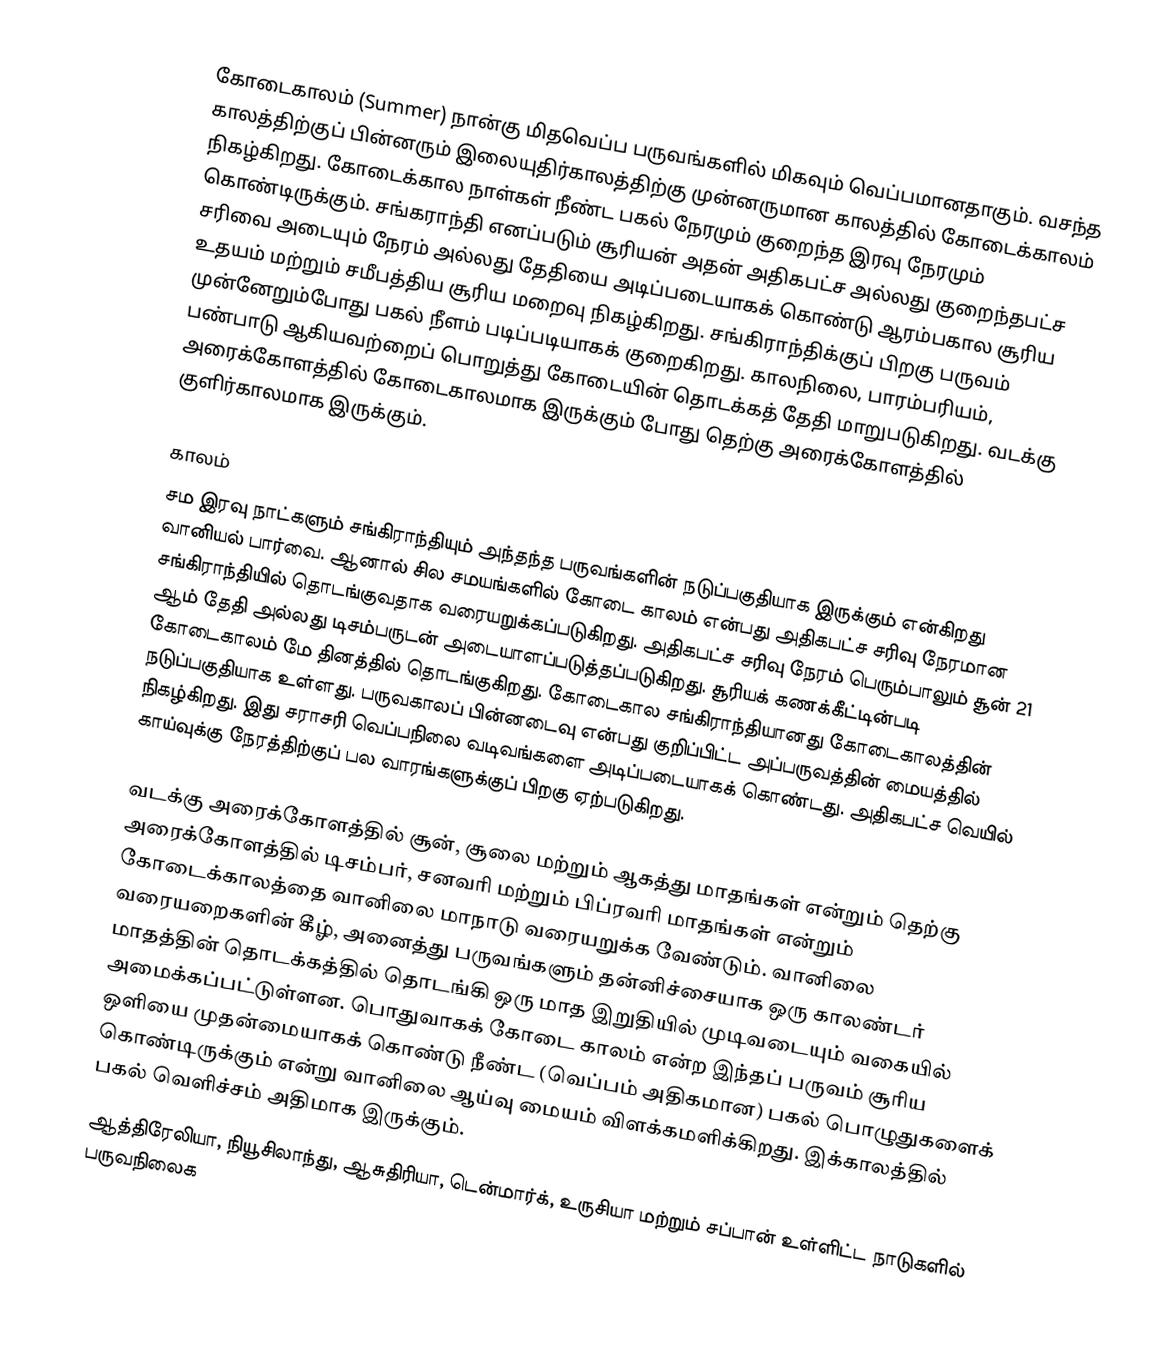
கோடைகாலம் (Summer) நான்கு மிதவெப்ப பருவங்களில் மிகவும் வெப்பமானதாகும். வசந்த காலத்திற்குப் பின்னரும் இலையுதிர்காலத்திற்கு முன்னருமான காலத்தில் கோடைக்காலம் நிகழ்கிறது. கோடைக்கால நாள்கள்  நீண்ட பகல் நேரமும்  குறைந்த இரவு நேரமும் கொண்டிருக்கும். சங்கராந்தி எனப்படும் சூரியன் அதன் அதிகபட்ச அல்லது குறைந்தபட்ச சரிவை அடையும் நேரம் அல்லது தேதியை அடிப்படையாகக் கொண்டு ஆரம்பகால சூரிய உதயம் மற்றும் சமீபத்திய சூரிய மறைவு நிகழ்கிறது. சங்கிராந்திக்குப் பிறகு பருவம் முன்னேறும்போது பகல் நீளம் படிப்படியாகக் குறைகிறது. காலநிலை, பாரம்பரியம், பண்பாடு ஆகியவற்றைப் பொறுத்து கோடையின் தொடக்கத் தேதி மாறுபடுகிறது. வடக்கு அரைக்கோளத்தில் கோடைகாலமாக இருக்கும் போது தெற்கு அரைக்கோளத்தில் குளிர்காலமாக இருக்கும்.

காலம்
சம இரவு நாட்களும் சங்கிராந்தியும் அந்தந்த பருவங்களின் நடுப்பகுதியாக இருக்கும் என்கிறது வானியல் பார்வை. ஆனால் சில சமயங்களில் கோடை காலம் என்பது அதிகபட்ச சரிவு நேரமான சங்கிராந்தியில் தொடங்குவதாக வரையறுக்கப்படுகிறது. அதிகபட்ச சரிவு நேரம் பெரும்பாலும் சூன் 21 ஆம் தேதி அல்லது டிசம்பருடன் அடையாளப்படுத்தப்படுகிறது. சூரியக் கணக்கீட்டின்படி  கோடைகாலம் மே தினத்தில் தொடங்குகிறது. கோடைகால சங்கிராந்தியானது கோடைகாலத்தின் நடுப்பகுதியாக உள்ளது. பருவகாலப் பின்னடைவு  என்பது குறிப்பிட்ட அப்பருவத்தின் மையத்தில் நிகழ்கிறது. இது சராசரி வெப்பநிலை வடிவங்களை அடிப்படையாகக் கொண்டது. அதிகபட்ச வெயில் காய்வுக்கு நேரத்திற்குப் பல வாரங்களுக்குப் பிறகு ஏற்படுகிறது.

வடக்கு அரைக்கோளத்தில் சூன், சூலை மற்றும் ஆகத்து மாதங்கள் என்றும்  தெற்கு அரைக்கோளத்தில் டிசம்பர், சனவரி மற்றும் பிப்ரவரி மாதங்கள் என்றும் கோடைக்காலத்தை வானிலை மாநாடு வரையறுக்க வேண்டும். வானிலை வரையறைகளின் கீழ், அனைத்து பருவங்களும் தன்னிச்சையாக ஒரு காலண்டர் மாதத்தின் தொடக்கத்தில் தொடங்கி ஒரு மாத இறுதியில் முடிவடையும் வகையில் அமைக்கப்பட்டுள்ளன. பொதுவாகக் கோடை காலம் என்ற இந்தப் பருவம் சூரிய ஒளியை முதன்மையாகக் கொண்டு நீண்ட (வெப்பம் அதிகமான) பகல் பொழுதுகளைக் கொண்டிருக்கும் என்று வானிலை ஆய்வு மையம் விளக்கமளிக்கிறது. இக்காலத்தில் பகல் வெளிச்சம் அதிமாக இருக்கும்.
ஆத்திரேலியா, நியூசிலாந்து, ஆசுதிரியா, டென்மார்க், உருசியா மற்றும் சப்பான் உள்ளிட்ட நாடுகளில் பருவநிலைக